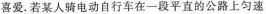
喜爱。若某人骑电动自行车在一段平直的公路上匀速